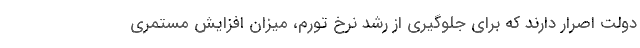
دولت اصرار دارند که برای جلوگیری از رشد نرخ تورم، میزان افزایش مستمری